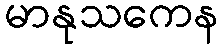
မာနုသကေန